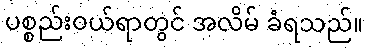
ပစ္စည်းဝယ်ရာတွင် အလိမ် ခံရသည်။